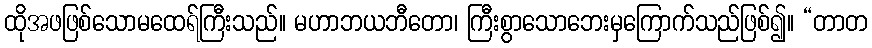
ထိုအဖဖြစ်သောမထေရ်ကြီးသည်။ မဟာဘယဘီတော၊ ကြီးစွာသောဘေးမှကြောက်သည်ဖြစ်၍။ “တာတ